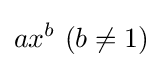
ax^{b}\ (b\neq 1)